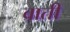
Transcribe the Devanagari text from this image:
वाती